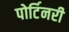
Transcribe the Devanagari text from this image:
पोर्टिनरी